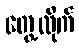
တွေ့လိုက်